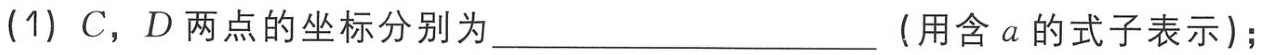
(1) \(C，D\)两点的坐标分别为____________________（用含\(a\)的式子表示）；